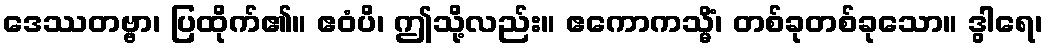
ဒေဿတဗ္ဗာ၊ ပြထိုက်၏။ ဧဝံပိ၊ ဤသို့လည်း။ ဧကောကသ္မိံ၊ တစ်ခုတစ်ခုသော။ ဒွါရေ၊